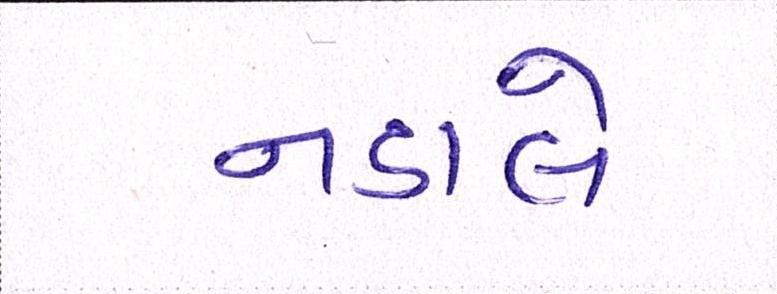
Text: નડાલે